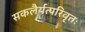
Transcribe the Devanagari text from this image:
सकलैर्यत्परिवृतः